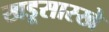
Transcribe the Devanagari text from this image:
खडूसारखे